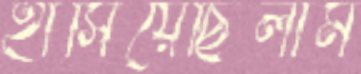
হাঁসিয়েছিলাম